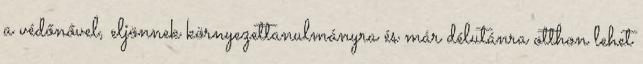
a védőnővel, eljönnek környezettanulmányra és már délutánra otthon lehet